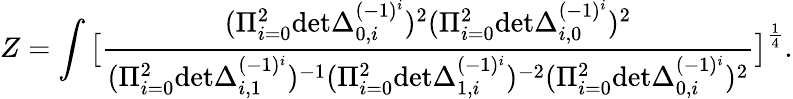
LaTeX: Z=\int\big[{\frac{(\Pi_{i=0}^{2}\mathrm{det}\Delta_{0,i}^{(-1)^{i}})^{2}(\Pi_{i=0}^{2}\mathrm{det}\Delta_{i,0}^{(-1)^{i}})^{2}}{(\Pi_{i=0}^{2}\mathrm{det}\Delta_{i,1}^{(-1)^{i}})^{-1}(\Pi_{i=0}^{2}\mathrm{det}\Delta_{1,i}^{(-1)^{i}})^{-2}(\Pi_{i=0}^{2}\mathrm{det}\Delta_{0,i}^{(-1)^{i}})^{2}}}\big]^{\frac{1}{4}}.